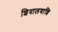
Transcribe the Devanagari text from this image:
शिवालयाशि